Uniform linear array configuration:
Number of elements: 48
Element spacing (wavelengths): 0.25
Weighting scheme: hamming
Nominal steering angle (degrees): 0
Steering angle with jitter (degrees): -1.615
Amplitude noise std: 0.05
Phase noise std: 0.05

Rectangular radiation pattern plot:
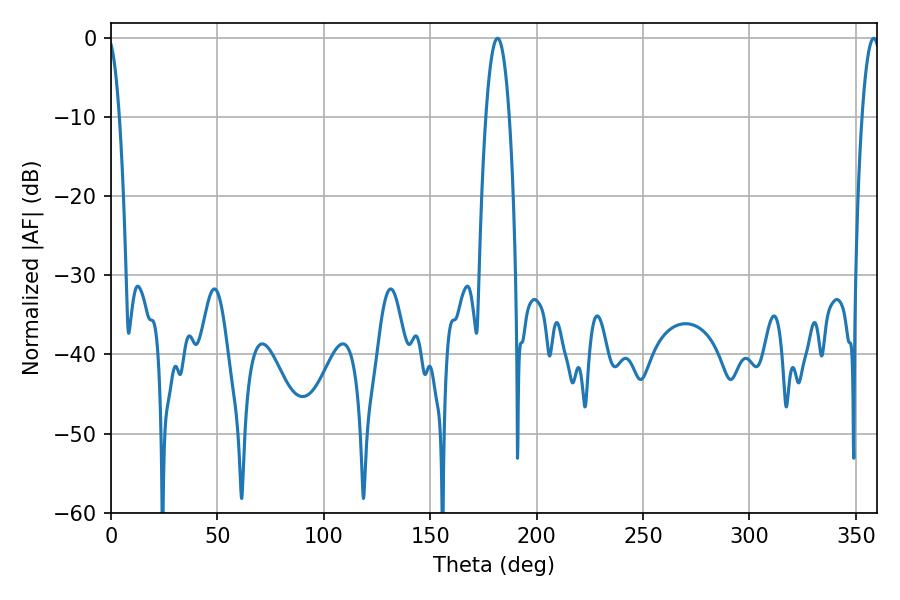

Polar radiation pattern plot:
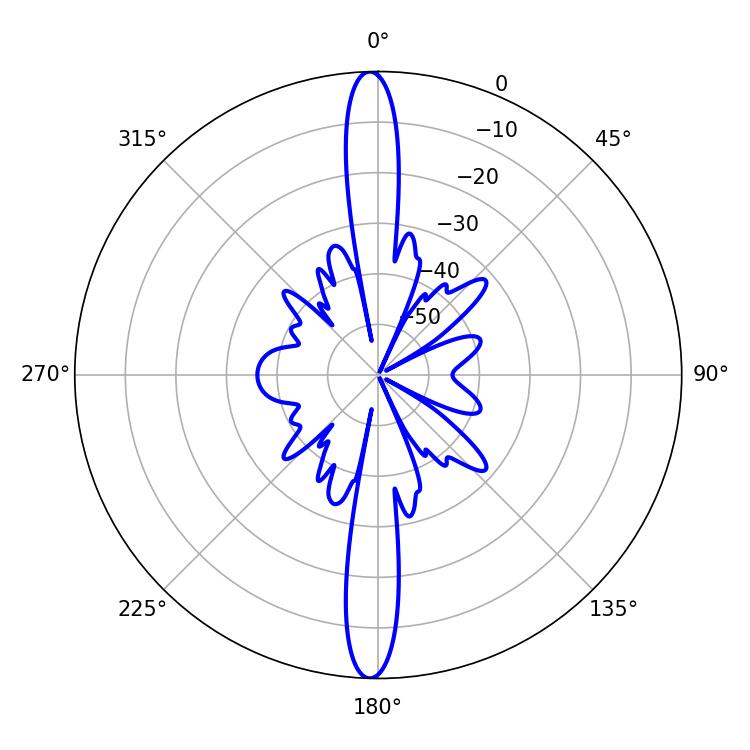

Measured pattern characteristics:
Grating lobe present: FALSE
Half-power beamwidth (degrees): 6.12
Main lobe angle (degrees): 181.62